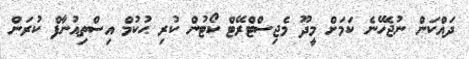
ދައްކަން ނުޖެހޭނެ ކަމަށް މީދޫ މެޖިސްޓްރޭޓް ކޯޓުން ކުރި ޙުކުމް އިސްތިއުނާފް ކުރަން